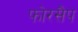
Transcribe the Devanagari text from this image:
फोरसैप